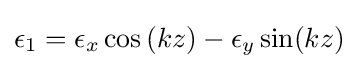
\epsilon _{1}=\epsilon _{x}\cos {(kz)}-\epsilon _{y}\sin(kz)